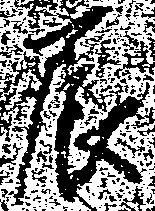
辰